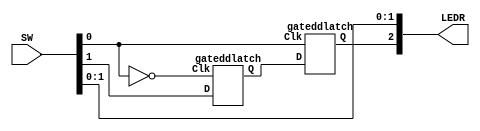
/*
Oscar Reyes-Sanchez
Master-slave D flip-flop in verilog
*/
module part3 (SW, LEDR);
	input [9:0] SW;
	output [9:0] LEDR;
	
	wire Q, Qm, D, clk;
	assign D = SW[1];
	assign clk = SW[0];
	
	gateddlatch master (~clk, D, Qm);
	gateddlatch slave (clk, Qm, Q);
	
	assign LEDR[0] = clk;
	assign LEDR[1] = D;
	assign LEDR[2] = Q;
	//assign LEDR[9:3] = 7'b0;
endmodule

module gateddlatch (Clk, D, Q);
	input Clk, D;
	output Q;
	
	wire R, S, R_g, S_g, Qa, Qb /* synthesis keep */ ;
	
	assign S = D;
	assign R = ~D;
	
	assign R_g = ~(R & Clk);
	assign S_g = ~(S & Clk);
	assign Qa = ~(S_g & Qb);
	assign Qb = ~(R_g & Qa);
	assign Q = Qa;

endmodule